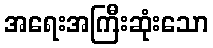
အရေးအကြီးဆုံးသော